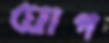
ঘোগ